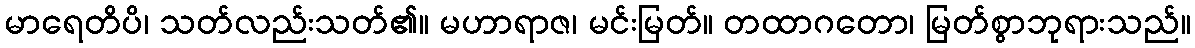
မာရေတိပိ၊ သတ်လည်းသတ်၏။ မဟာရာဇ၊ မင်းမြတ်။ တထာဂတော၊ မြတ်စွာဘုရားသည်။